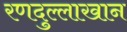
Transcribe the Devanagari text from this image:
रणदुल्लाखान